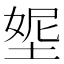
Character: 𡌰